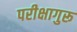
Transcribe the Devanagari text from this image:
परीक्षागुरू